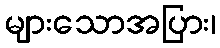
များသောအပြား၊